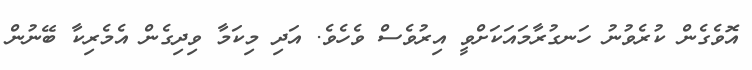
އޮވެގެން ކުރެވުނު ހަނގުރާމައަކަށްވީ އިރުވެސް ވެހެވެ. އަދި މިކަމާ ވިދިގެން އެމެރިކާ ބޭނުން